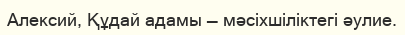
Алексий, Құдай адамы — мәсіхшіліктегі әулие.